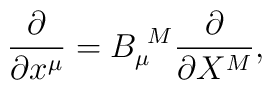
\frac{\partial }{\partial x^{\mu }}=B_{\mu }^{~M}\frac{\partial}{\partial X^{M}},